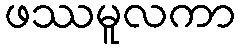
ဖဿမူလကာ